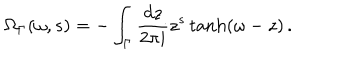
\Omega _ { \Gamma } ( \omega , s ) = - \int _ { \Gamma } \frac { d z } { 2 \pi i } z ^ { s } \tanh ( \omega - z ) \, .